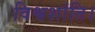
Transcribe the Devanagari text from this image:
विश्वशांति।